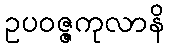
ဥပဝဇ္ဇကုလာနိ